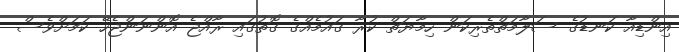
އިންޑިއާ ކަނޑުގެ ސަލާމަތްތެރިކަން ހިމާޔަތް ކުރާ ގައުމެއްގެ ގޮތުގައި ރާއްޖެ އޮންނަންޖެހޭ ކަމަށްވެސް